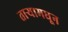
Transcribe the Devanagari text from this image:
तार्‍यामधून